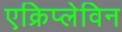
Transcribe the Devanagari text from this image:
एक्रिप्लेविन